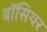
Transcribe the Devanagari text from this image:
बॉसियर